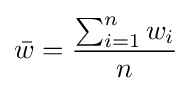
{\bar {w}}={\frac {\sum _{i=1}^{n}w_{i}}{n}}